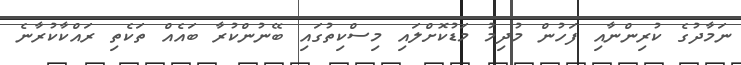
ނަމާދުގެ ކުރިންނާއި ފަހުން މުދިމު މަޑުކޮށްލައި މިސްކިތުގައި ބޭނުންކުރާ ބައެއް ތަކެތި ރައްކާކުރާނެ